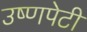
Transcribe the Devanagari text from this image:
उष्णपेटी